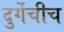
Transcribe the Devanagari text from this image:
दुर्गेचीच